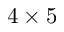
4 \times 5